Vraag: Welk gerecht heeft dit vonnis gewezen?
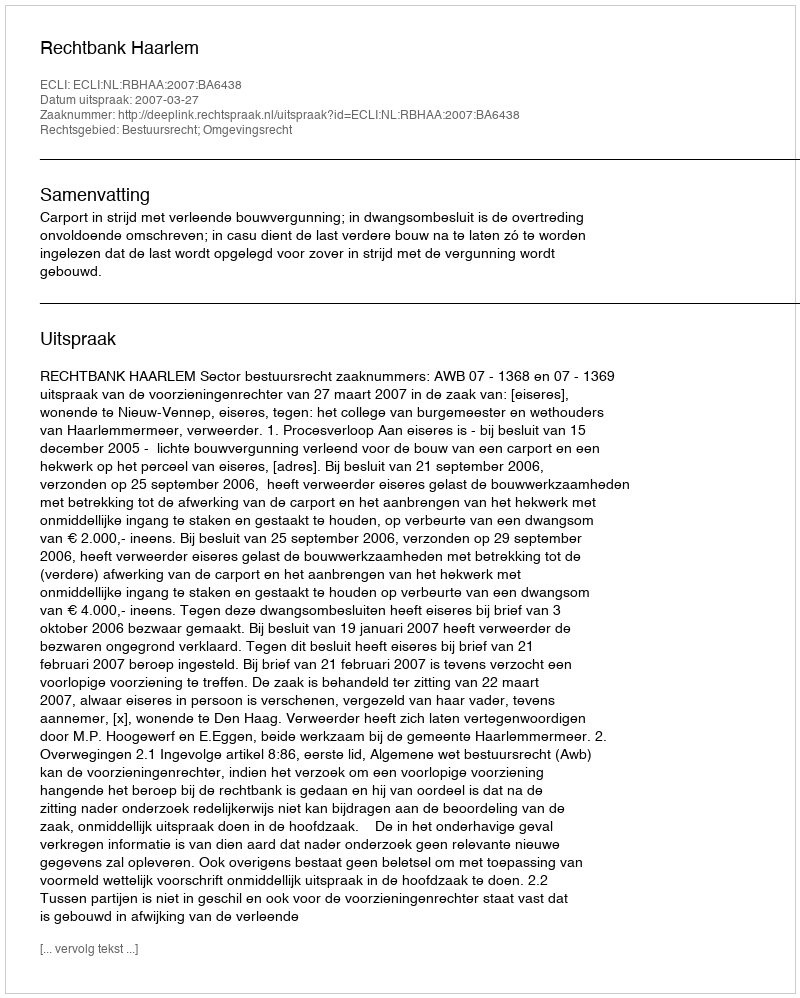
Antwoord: Rechtbank Haarlem